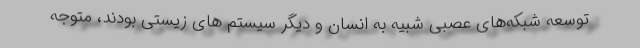
توسعه شبکه‌های عصبی شبیه به انسان و دیگر سیستم های زیستی بودند، متوجه